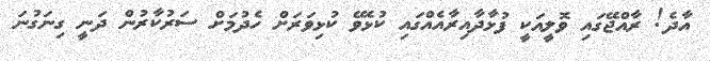
އާދެ! ރާއްޖޭގައި ވޮލީއަކީ ފުޅާދާއިރާއެއްގައި ކުޅެވޭ ކުޅިވަރަށް ހެދުމަށް ސަރުކާރުން ދަނީ ގިނަގުނަ